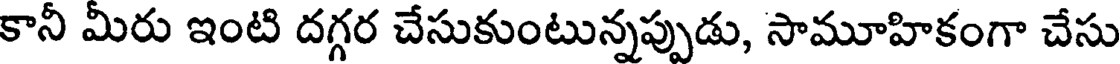
కానీ మీరు ఇంటి దగ్గర చేసుకుంటున్నప్పుడు, సామూహికంగా చేసు